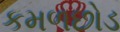
કમળછોડ